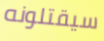
سيقتلونه